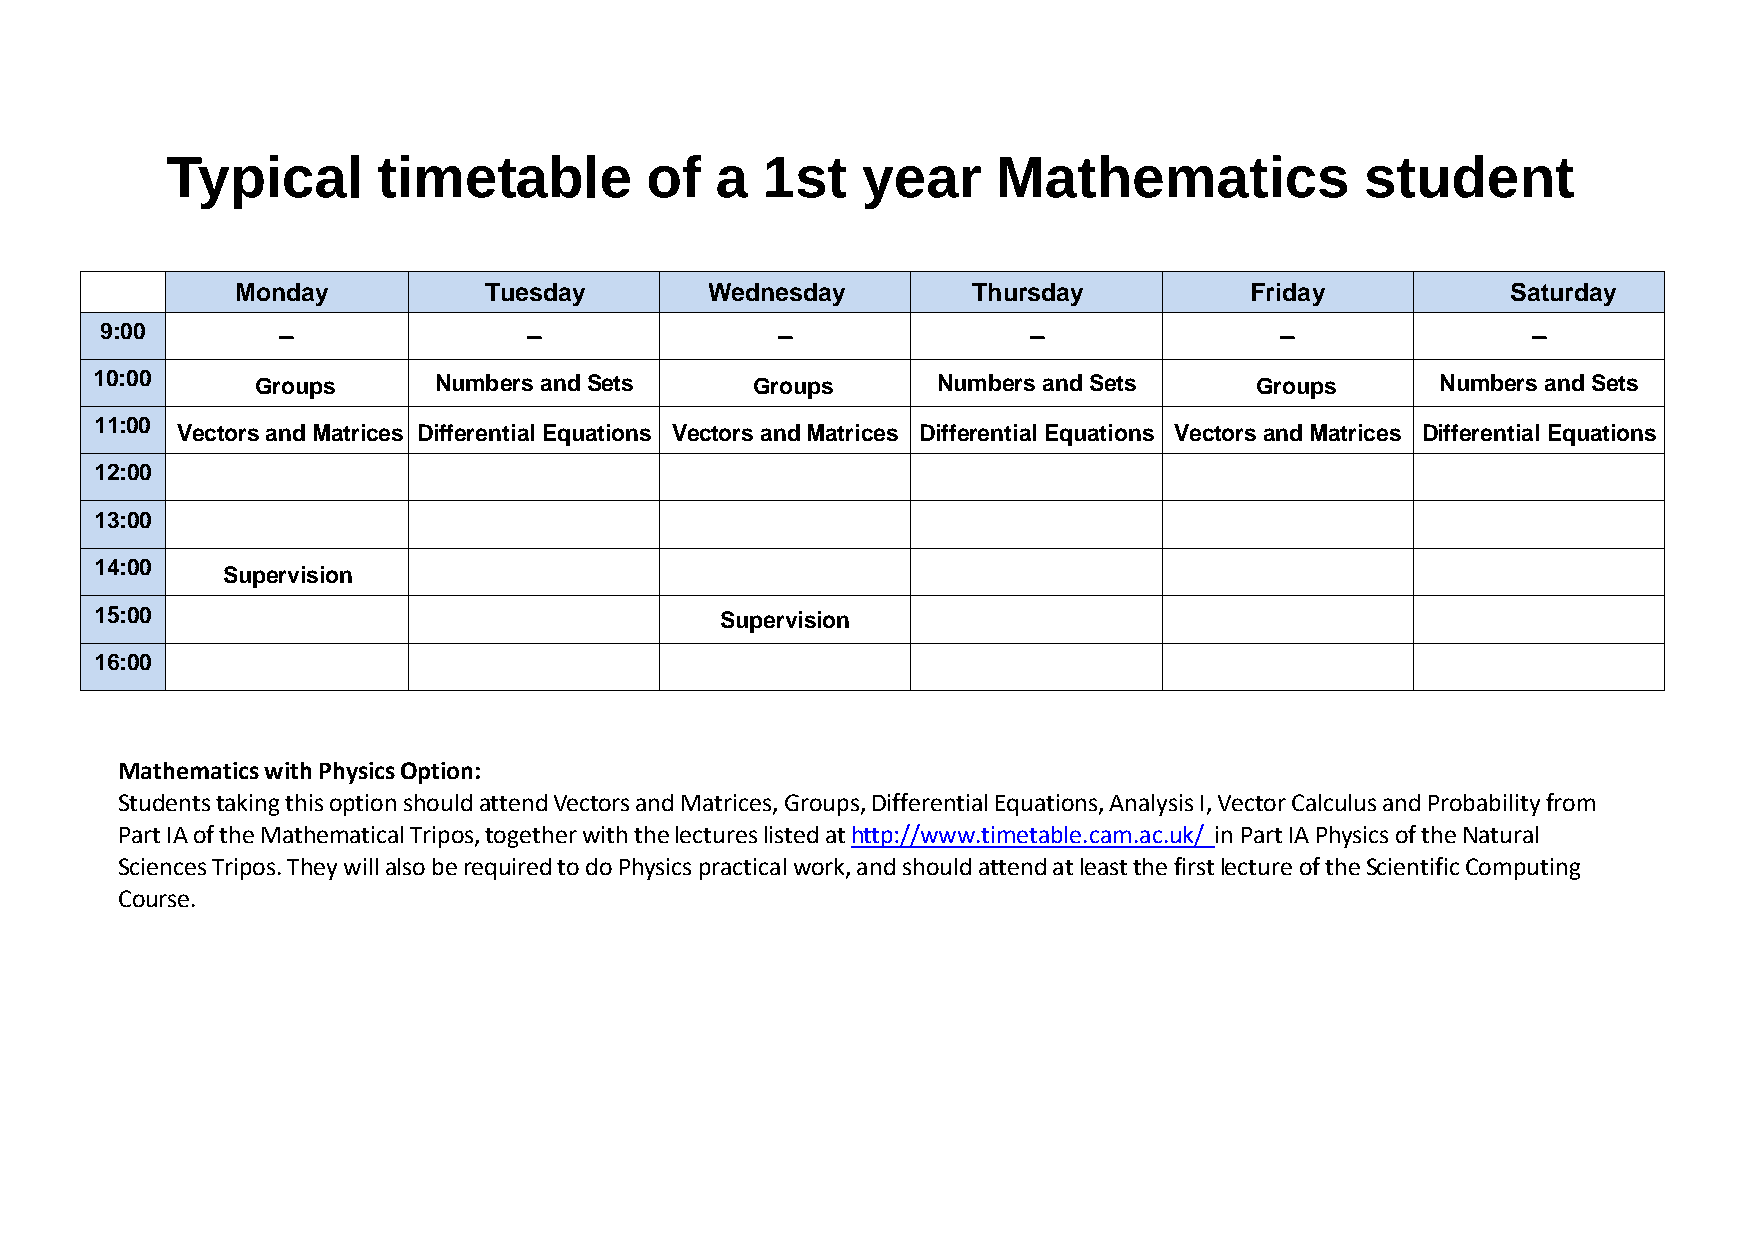
Typical       timetable         of  a  1st    year     Mathematics             student
 Monday          Tuesday        Wednesday        Thursday           Friday           Saturday
 9:00       –                –               –                –                –               –
 10:00      Groups      Numbers and Sets     Groups      Numbers and Sets     Groups      Numbers and Sets
 11:00
 Vectors and Matrices Differential Equations Vectors and Matrices Differential Equations Vectors and Matrices Differential Equations
 12:00
 13:00
 14:00
 Supervision
 15:00                                     Supervision
 16:00
 Mathematics with Physics Option:
 Students taking this option should attend Vectors and Matrices, Groups, Differential Equations, Analysis I, Vector Calculus and Probability from
 Part IA of the Mathematical Tripos, together with the lectures listed at http://www.timetable.cam.ac.uk/ in Part IA Physics of the Natural
 Sciences Tripos. They will also be required to do Physics practical work, and should attend at least the first lecture of the Scientific Computing
 Course.